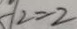
y _ { 2 } = 2